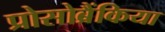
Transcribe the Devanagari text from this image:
प्रोसोब्रैंकिया